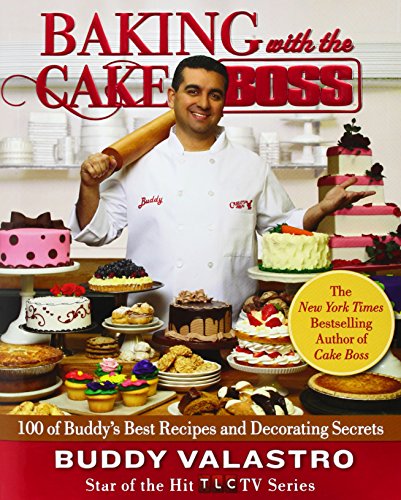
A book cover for Baking with the Cake Boss: 100 of Buddy's Best Recipes and Decorating Secrets; Buddy Valastro; Cookbooks, Food & Wine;